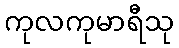
ကုလကုမာရီသု